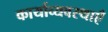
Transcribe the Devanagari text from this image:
कार्याव्यवस्थाएँ